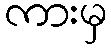
ကားမှ